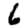
Digit: 6